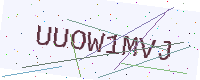
Text: UUOW1MVJ